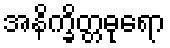
အနိက္ခိတ္တဓုရော